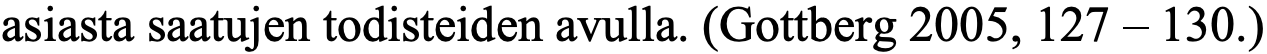
asiasta saatujen todisteiden avulla. (Gottberg 2005, 127 – 130.)